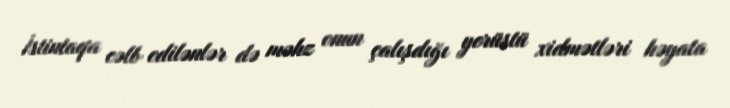
İstintaqa cəlb edilənlər də məhz onun çalışdığı yerüstü xidmətləri həyata